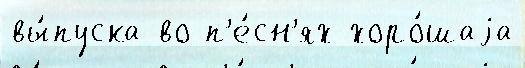
вы́пуска во п'е́сн'ях хоро́шаjа